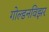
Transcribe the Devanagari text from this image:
गोल्डनविझर